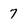
Character: 7